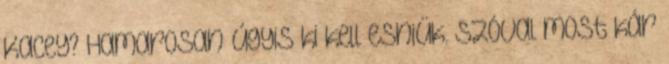
Kacey? Hamarosan úgyis ki kell esniük. Szóval most kár